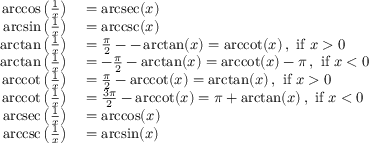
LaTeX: \begin{array} { r l } { \operatorname { a r c c o s } \left( { \frac { 1 } { x } } \right) } & { { } = \operatorname { a r c s e c } ( x ) } \\ { \arcsin \left( { \frac { 1 } { x } } \right) } & { { } = \operatorname { a r c c s c } ( x ) } \\ { \arctan \left( { \frac { 1 } { x } } \right) } & { { } = { \frac { \pi } { 2 } } -- \arctan ( x ) = \operatorname { a r c c o t } ( x ) \, , { \mathrm { ~ i f ~ } } x > 0 } \\ { \arctan \left( { \frac { 1 } { x } } \right) } & { { } = - { \frac { \pi } { 2 } } - \arctan ( x ) = \operatorname { a r c c o t } ( x ) - \pi \, , { \mathrm { ~ i f ~ } } x < 0 } \\ { \operatorname { a r c c o t } \left( { \frac { 1 } { x } } \right) } & { { } = { \frac { \pi } { 2 } } - \operatorname { a r c c o t } ( x ) = \arctan ( x ) \, , { \mathrm { ~ i f ~ } } x > 0 } \\ { \operatorname { a r c c o t } \left( { \frac { 1 } { x } } \right) } & { { } = { \frac { 3 \pi } { 2 } } - \operatorname { a r c c o t } ( x ) = \pi + \arctan ( x ) \, , { \mathrm { ~ i f ~ } } x < 0 } \\ { \operatorname { a r c s e c } \left( { \frac { 1 } { x } } \right) } & { { } = \operatorname { a r c c o s } ( x ) } \\ { \operatorname { a r c c s c } \left( { \frac { 1 } { x } } \right) } & { { } = \arcsin ( x ) } \end{array}